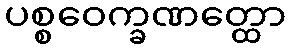
ပစ္စဝေက္ခဏတ္ထော